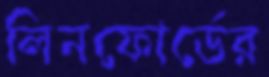
লিনফোর্ডের